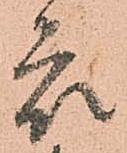
衆